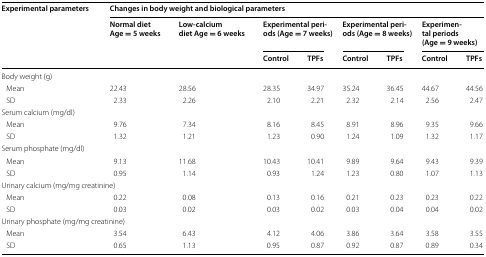
| <ROWSPAN=3> Experimental parameters | <COLSPAN=8> Changes in body weight and biological parameters |
 | <ROWSPAN=2> Normal dietAge = 5 weeks | <ROWSPAN=2> Low-calciumdiet Age = 6 weeks | <COLSPAN=2> Experimental periods (Age = 7 weeks) | <COLSPAN=2> Experimental periods (Age = 8 weeks) | <COLSPAN=2> Experimental periods (Age = 9 weeks) |
 | Control | TPFs | Control | TPFs | Control | TPFs |
 | --- | --- | --- | --- | --- | --- | --- | --- | --- |
 | <COLSPAN=9> Body weight (g) |
 | Mean | 22.43 | 28.56 | 28.35 | 34.97 | 35.24 | 36.45 | 44.67 | 44.56 |
 | SD | 2.33 | 2.26 | 2.10 | 2.21 | 2.32 | 2.14 | 2.56 | 2.47 |
 | <COLSPAN=9> Serum calcium (mg/dl) |
 | Mean | 9.76 | 7.34 | 8.16 | 8.45 | 8.91 | 8.96 | 9.35 | 9.66 |
 | SD | 1.32 | 1.21 | 1.23 | 0.90 | 1.24 | 1.09 | 1.32 | 1.17 |
 | <COLSPAN=9> Serum phosphate (mg/dl) |
 | Mean | 9.13 | 11.68 | 10.43 | 10.41 | 9.89 | 9.64 | 9.43 | 9.39 |
 | SD | 0.95 | 1.14 | 0.93 | 1.24 | 1.23 | 0.80 | 1.07 | 1.13 |
 | <COLSPAN=9> Urinary calcium (mg/mg creatinine) |
 | Mean | 0.22 | 0.08 | 0.13 | 0.16 | 0.21 | 0.23 | 0.23 | 0.22 |
 | SD | 0.03 | 0.02 | 0.03 | 0.02 | 0.03 | 0.04 | 0.04 | 0.02 |
 | <COLSPAN=9> Urinary phosphate (mg/mg creatinine) |
 | Mean | 3.54 | 6.43 | 4.12 | 4.06 | 3.86 | 3.64 | 3.58 | 3.55 |
 | SD | 0.65 | 1.13 | 0.95 | 0.87 | 0.92 | 0.87 | 0.89 | 0.34 |